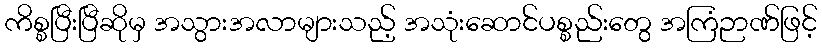
ကိစ္စပြီးပြီဆိုမှ အသွားအလာများသည့် အသုံးဆောင်ပစ္စည်းတွေ အကြံဉာဏ်ဖြင့်